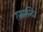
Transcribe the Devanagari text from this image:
राममन्दिर